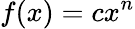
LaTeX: f(x)=cx^{n}